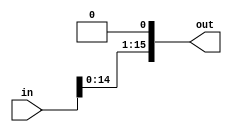
module shift_left(in, out);
	input [15:0]in;
	output reg[15:0]out;
	
	always @(in) begin
		out = in << 1;
	end
endmodule